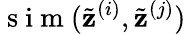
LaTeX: \mathrm{~s~i~m~}(\tilde{\mathbf{z}}^{(i)},\tilde{\mathbf{z}}^{(j)})